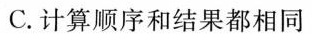
C.计算顺序和结果都相同